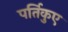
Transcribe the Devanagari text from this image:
पर्तिकुए